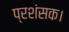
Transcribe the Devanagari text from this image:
प्रशंसक।